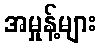
အမှုန့်များ